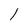
Character: l